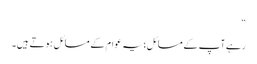
“
رہے آپ کے مسائل؛یہ عوام کے مسائل ہوتے ہیں۔